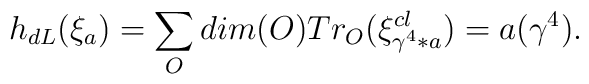
h_ {dL}(\xi _a)=\sum _O dim(O) Tr_O (\xi^{cl}_{\gamma ^4 *a})=a(\gamma ^4).